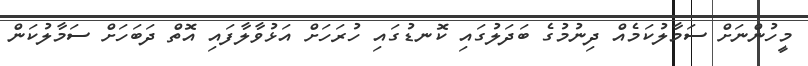
މީހުންނަށް ސަމާލުކަމެއް ދިނުމުގެ ބަދަލުގައި ކޮނޑުގައި ހުރަހަށް އަޅުވާލާފައި އޮތް ދަބަހަށް ސަމާލުކަން